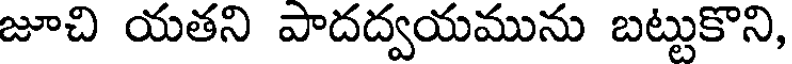
జూచి యతని పాదద్వయమును బట్టుకొని,